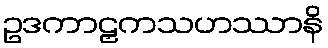
ဥဒကာဠှကသဟဿာနိ